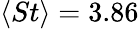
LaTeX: \langle St\rangle=3.86